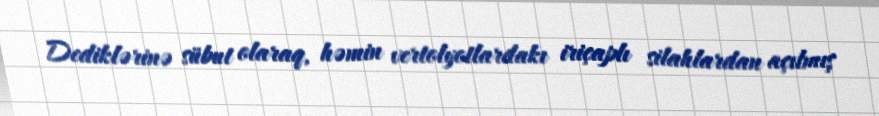
Dediklərinə sübut olaraq, həmin vertolyotlardakı iriçaplı silahlardan açılmış